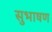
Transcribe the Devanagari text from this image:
सुभाषण